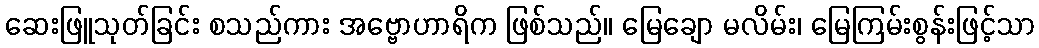
ဆေးဖြူသုတ်ခြင်း စသည်ကား အဗ္ဗောဟာရိက ဖြစ်သည်။ မြေချော မလိမ်း၊ မြေကြမ်းစွန်းဖြင့်သာ